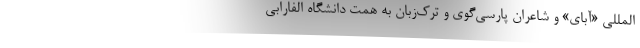
المللی «آبای» و شاعران پارسی‌گوی و ترک‌زبان به همت دانشگاه الفارابی